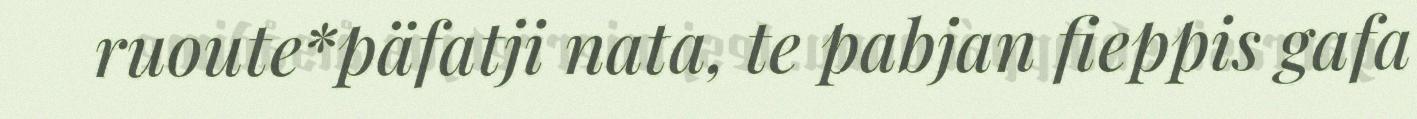
ruoute*päfatji nata, te pabjan fieppis gafa